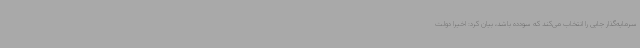
سرمایه‌گذار جایی را انتخاب می‌کند که سودده باشد، بیان کرد: اخیرا دولت